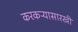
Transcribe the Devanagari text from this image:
करकऱ्यासारखी